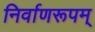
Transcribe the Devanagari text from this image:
निर्वाणरूपम्